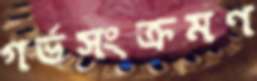
গর্ভসংক্রমণ